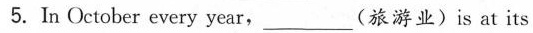
5.In October every year, ___ (旅游业) is at its